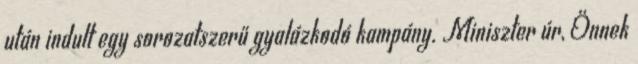
után indult egy sorozatszerű gyalázkodó kampány. Miniszter úr, Önnek